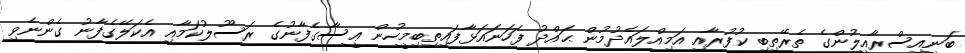
ބަނީއިސްރާއީލުންގެ ތެރޭތިބި ކުފުރާއި އަމިއްލައެދުމުން ޙައްދު ފަހަނައަޅާފައިތިބިމީހުން ޢީސާގެފާނުގެ ރަސޫލުކަމާއި އެކަލޭގެފާނު ގެންނެވި